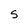
Character: S